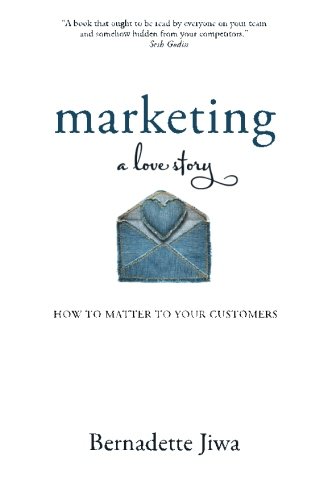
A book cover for Marketing: A Love Story: How to Matter to Your Customers; Bernadette Jiwa; Business & Money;